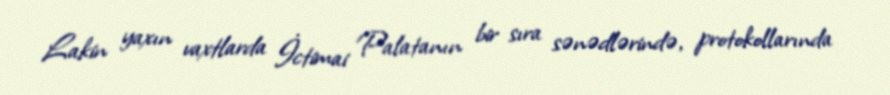
Lakin yaxın vaxtlarda İctimai Palatanın bir sıra sənədlərində, protokollarında